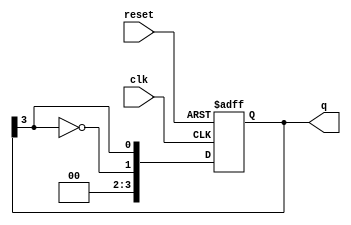
module johnson_counter #(
    parameter N = 4 // Number of flip-flops
)(
    input wire clk,       // Clock signal
    input wire reset,     // Asynchronous reset signal
    output reg [N-1:0] q // Output state of the counter
);

// Always block for the Johnson counter operation
always @(posedge clk or posedge reset) begin
    if (reset) begin
        // Reset the counter to all zeros
        q <= 0;
    end else begin
        // Johnson counter logic
        q <= {~q[N-1], q[N-1:N-1]}; // Shift and invert last bit
    end
end

endmodule